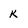
Character: K